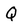
Character: Q